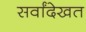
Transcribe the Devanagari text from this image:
सर्वांदेखत